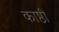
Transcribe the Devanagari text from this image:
काष्ठी